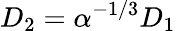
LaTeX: D_{2}=\alpha^{-1/3}D_{1}